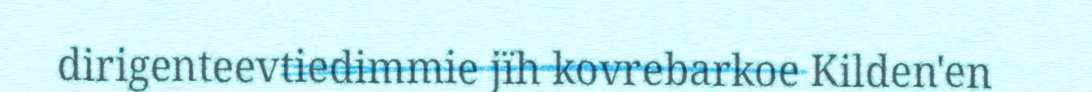
dirigenteevtiedimmie jïh kovrebarkoe Kilden'en